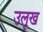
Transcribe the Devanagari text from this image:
उलूख